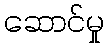
ဆောင်မှု